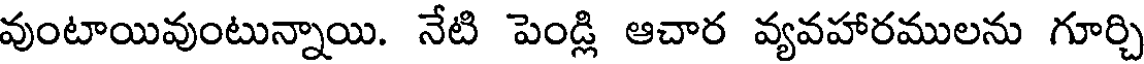
వుంటాయివుంటున్నాయి. నేటి పెండ్లి ఆచార వ్యవహారములను గూర్చి